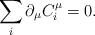
LaTeX: \begin{align*}\sum_{i}\partial _{\mu }C_{i}^{\mu }=0. \end{align*}